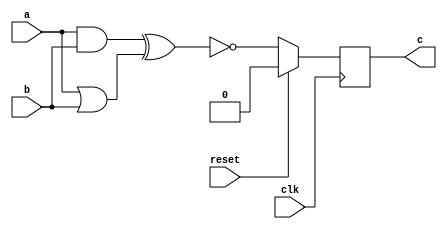
module practice1 (
    input clk,
    input reset,
    input a,
    input b,
    output c
);
  wire tamp1;
    wire tamp2;

    reg tamp3;
    assign tamp1 = a & b;
    assign tamp2 = a | b;
    assign c = tamp3;
    // D Flip-Flop with active-high reset
    always @ (posedge clk) begin
        if(reset) // if reset is 1, set tamp3 to 0
            tamp3 <= 0;
        else
            tamp3 <= ~(tamp1 ^ tamp2); // xnor
    end  
endmodule